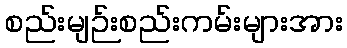
စည်းမျဉ်းစည်းကမ်းများအား